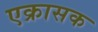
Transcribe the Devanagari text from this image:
एक्रासक